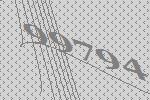
99794